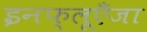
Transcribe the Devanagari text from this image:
इनफ्लूएँजा